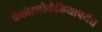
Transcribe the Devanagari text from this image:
चेकोस्लोव्हेकियापर्यंत